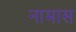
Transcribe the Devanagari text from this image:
नामास